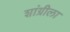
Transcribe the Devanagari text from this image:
शांग्रीला